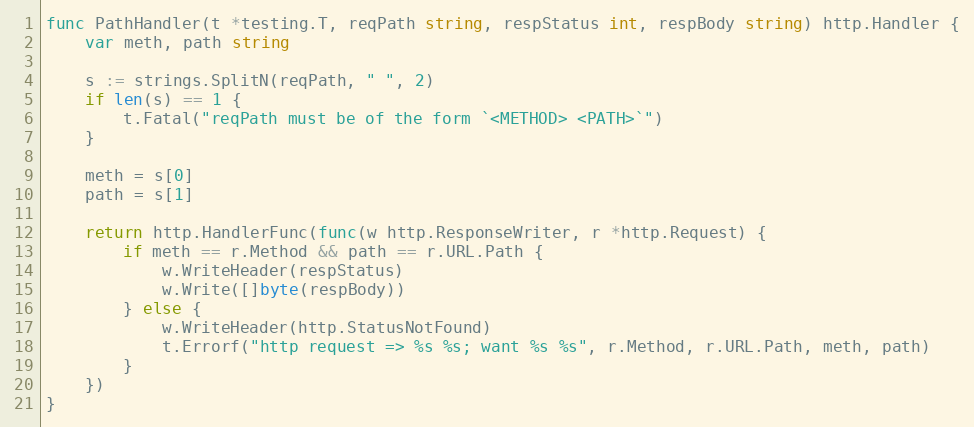
Language: Go
func PathHandler(t *testing.T, reqPath string, respStatus int, respBody string) http.Handler {
	var meth, path string

	s := strings.SplitN(reqPath, " ", 2)
	if len(s) == 1 {
		t.Fatal("reqPath must be of the form `<METHOD> <PATH>`")
	}

	meth = s[0]
	path = s[1]

	return http.HandlerFunc(func(w http.ResponseWriter, r *http.Request) {
		if meth == r.Method && path == r.URL.Path {
			w.WriteHeader(respStatus)
			w.Write([]byte(respBody))
		} else {
			w.WriteHeader(http.StatusNotFound)
			t.Errorf("http request => %s %s; want %s %s", r.Method, r.URL.Path, meth, path)
		}
	})
}